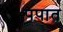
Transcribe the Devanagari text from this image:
पपात